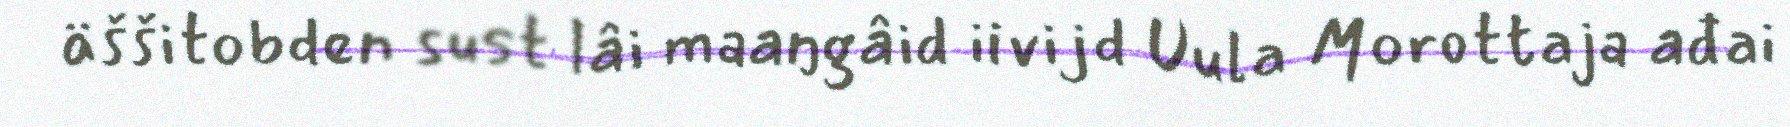
äššitobden sust lâi maaŋgâid iivijd Uula Morottaja ađai